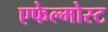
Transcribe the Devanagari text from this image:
एफेल्मोस्ट